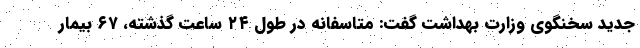
جدید سخنگوی وزارت بهداشت گفت: متاسفانه در طول ۲۴ ساعت گذشته، ۶۷ بیمار